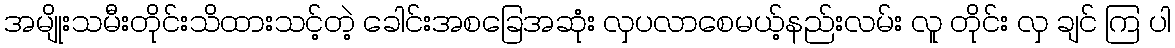
အမျိုးသမီးတိုင်းသိထားသင့်တဲ့ ခေါင်းအစခြေအဆုံး လှပလာစေမယ့်နည်းလမ်း လူ တိုင်း လှ ချင် ကြ ပါ